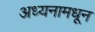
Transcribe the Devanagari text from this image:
अध्यनामधून